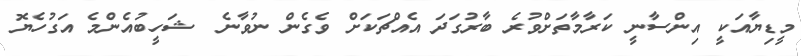
މީޑިޔާއަކީ އިންސާނީ ކަރާމާތަށްވުރެ ބާރުގަދަ އެއްޗަކަށް ވެގެން ނުވާނެ  ޝަހީބުއެންމެ އަގުހެޔޮ